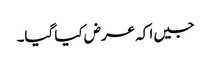
جیں ا کہ عرض کیا گیا۔